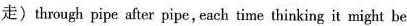
走)thraugh pipe aftex pipe, eacb time thinking it might be